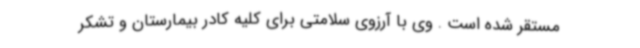
مستقر شده است . وی با آرزوی سلامتی برای کلیه کادر بیمارستان و تشکر